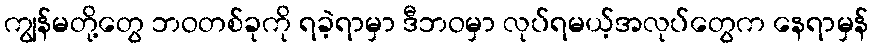
ကျွန်မတို့တွေ ဘဝတစ်ခုကို ရခဲ့ရာမှာ ဒီဘဝမှာ လုပ်ရမယ့်အလုပ်တွေက နေရာမှန်